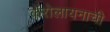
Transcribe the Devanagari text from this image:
कॅरोलायनाची